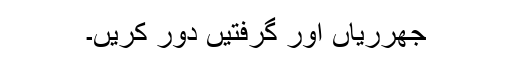
جھرریاں اور گرفتیں دور کریں۔